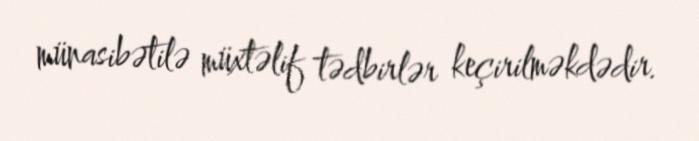
münasibətilə müxtəlif tədbirlər keçirilməkdədir.